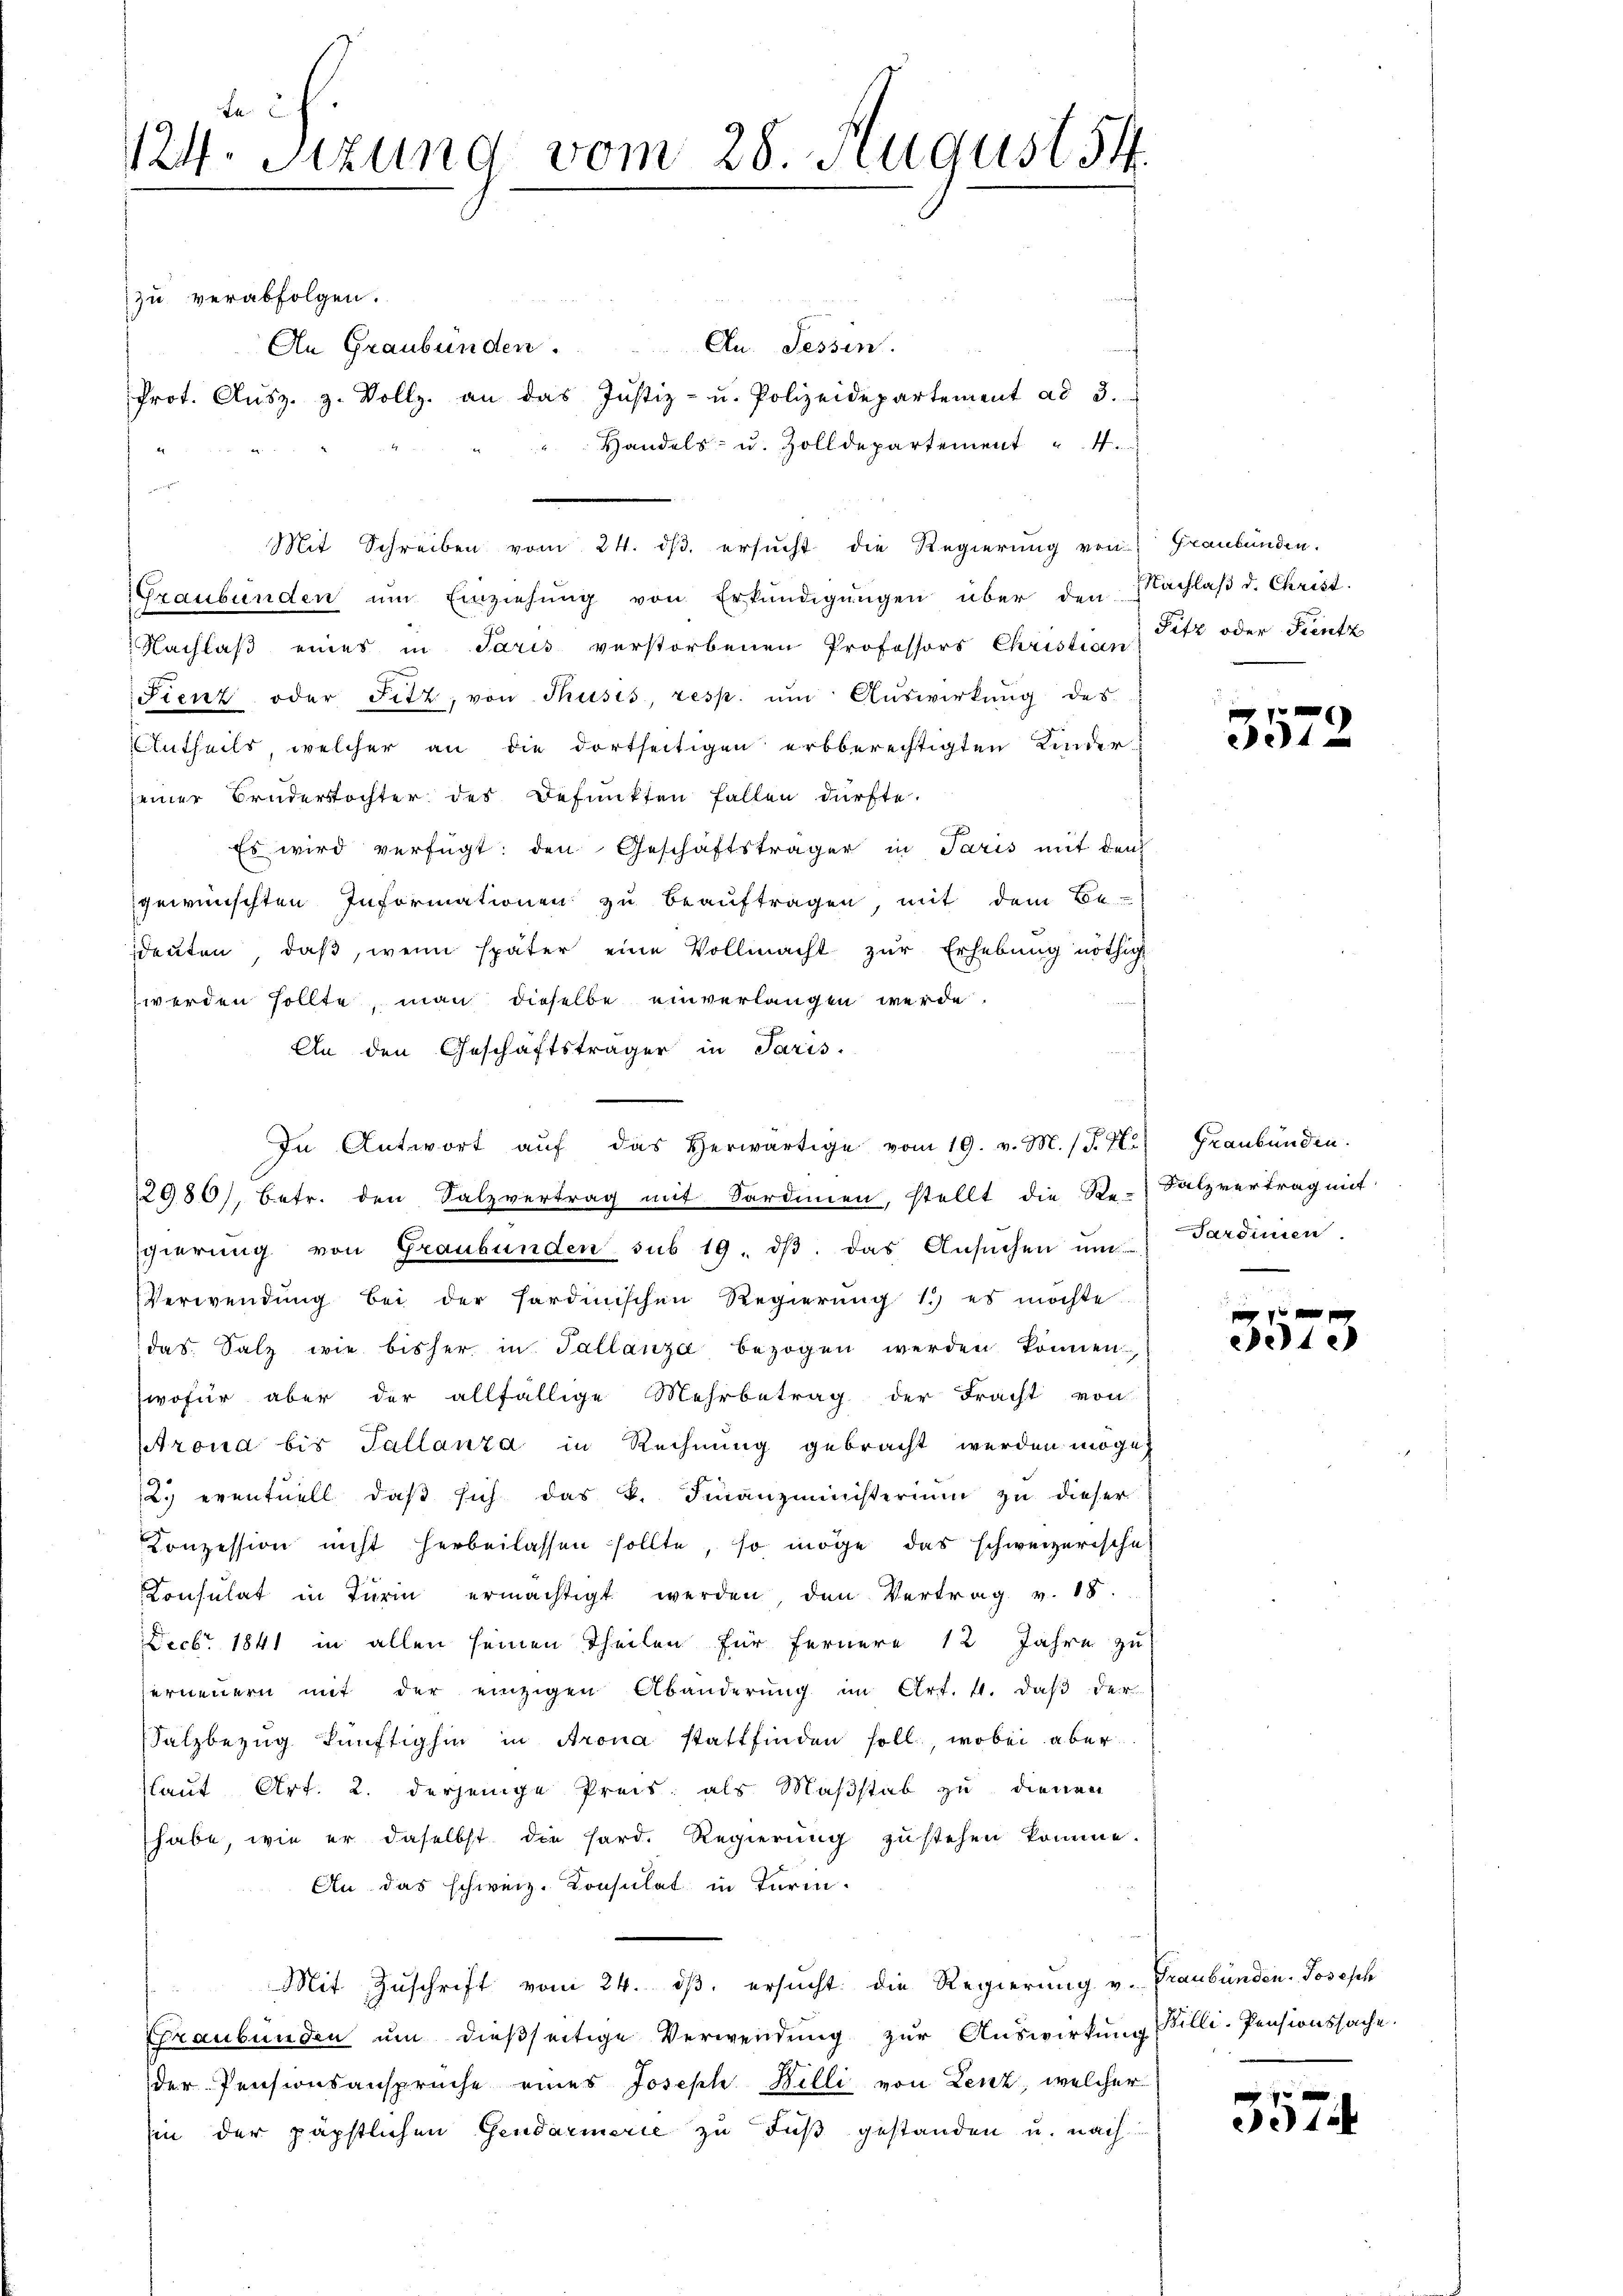
a
124. Sizung vom 28. August 54

d

zu verabfolgen.
An. Tessin.
An Graubünden.
f
Prot. Aŭsz. z. Vollz. an das Justiz- u. Polizeidepartement ad 3.
Handels- u. Zolldepartement " 4.
Mit Schreiben vom 24. dβ. ersŭcht die Regierŭng von Graubünden.
Graubünden ŭm Einziehŭng von Erkŭndigŭngen über den Nachlaβ d. Christ.
 Nachlaß eines in Paris verstorbenen Professors Christian
Fienz oder Fitz, von Thusis, resp. ŭm Aŭswirkŭng des
Entheils, welcher an die dortseitigen erbberechtigten Kinder
seiner Bruderstochter des Befunkten fallen dürfte.
Es wird verfügt: den Geschäftsträger in Paris mit den
gewünschten Informationen zu beauftragen, mit dem Be-
deŭten daβ, wenn später eine Vollmacht zŭr Erhebŭng nöthig
werden sollte, man dieselbe einverlangen werde.
An den Geschäftsträger in Paris.
In Antwort aŭf das herwärtige vom 19. v. M. (T. K. Graubünden.
2980), betr. den Salzvertrag mit Sardinien, stellt die Re-Salzvertrag mit
sgierung von Graubünden sub 19. dβ das Ansŭchen um
Verwendŭng bei der Sardinischen Regierŭng 1.) es möchte.
das. Salz wie bisher in Tallanza bezogen werden können,
wofür aber der allfällige Mehrbetrag der Fracht von
trona bis Tallanza in Rechnung gebracht werden möge
2. eventuell daβ sich das k. Finanzministerium zu dieser
Conzession nicht herbeilassen sollte, so möge das schweizerische
Consulat in Turin ermächtigt werden, den Vertrag v. 18.
Decbr. 1841 in allen seinen Theilen für fernere 12 Jahre zu
erneuern mit der einzigen Abänderung im Art. 4. daß der
Salzbezug künftighin in Arona stattfinden soll, wobei aber
laut Art. 2. derjenige Preis als Maßstab zu dienen
habe, wie er daselbst die hard. Regierŭng zŭstehen komme.
An das schweiz. Konsulat in Turm.
Mit Zuschrift vom 24. dβ, ersucht die Regierung v. Graubünden Joseph
Graubünden um dießseitige Verwendung zur Auswirkung
der Pensionsansprüche eines Joseph Hilli von Lenz, welcher
sin der päpstlichen Gendarmerie zu Fuß gestanden u. nach

Pitz oder Fintz

x
4

Sardinien

10 x
ete

Willi-Pensionssache.

3574